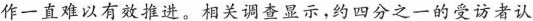
作一直难以有效推进。相关调查显示，约四分之一的受访者认